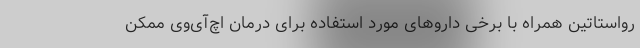
رواستاتین همراه با برخی داروهای مورد استفاده برای درمان اچ‌آی‌وی ممکن